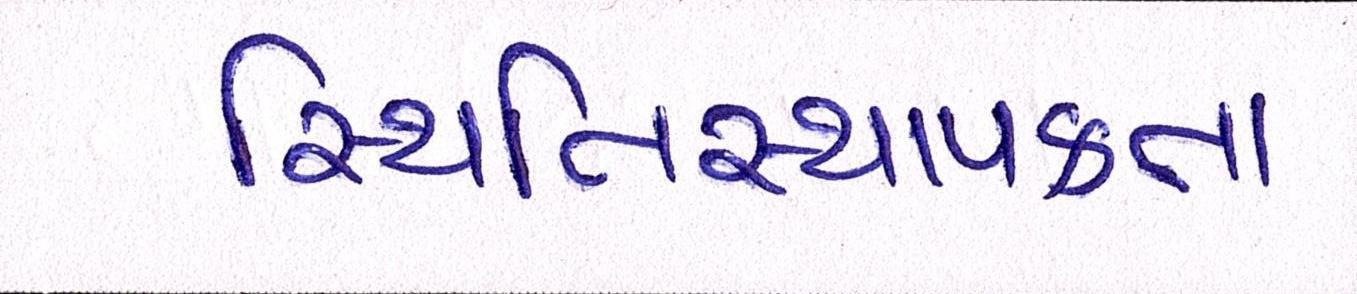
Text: સ્થિતિસ્થાપકતા